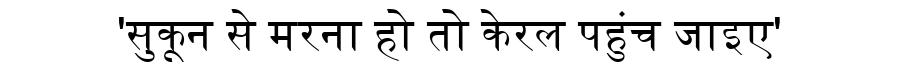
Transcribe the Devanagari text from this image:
'सुकून से मरना हो तो केरल पहुंच जाइए'